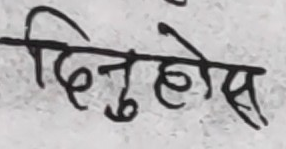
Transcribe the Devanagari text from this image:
दिनुहोस्